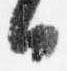
日